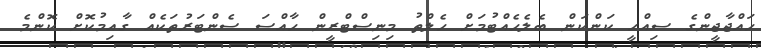
ހައްޖާޖީންގެ ސިއްހީ ކަންކަން ބެލެހެއްޓުމަށް ހެލްތު މިނިސްޓްރީން ހާއްސަ ސެންޓަރުތަކެއް ގާއިމުކޮށް ކޮންމެ